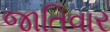
જાતિવાર